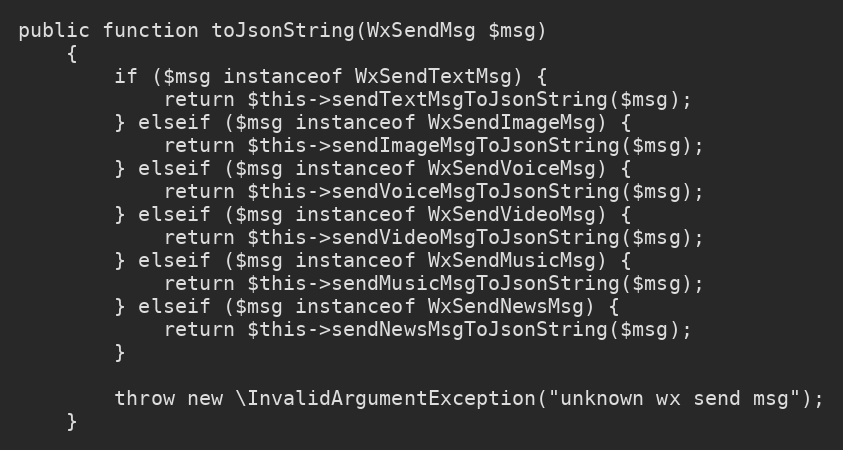
Language: PHP
public function toJsonString(WxSendMsg $msg)
    {
        if ($msg instanceof WxSendTextMsg) {
            return $this->sendTextMsgToJsonString($msg);
        } elseif ($msg instanceof WxSendImageMsg) {
            return $this->sendImageMsgToJsonString($msg);
        } elseif ($msg instanceof WxSendVoiceMsg) {
            return $this->sendVoiceMsgToJsonString($msg);
        } elseif ($msg instanceof WxSendVideoMsg) {
            return $this->sendVideoMsgToJsonString($msg);
        } elseif ($msg instanceof WxSendMusicMsg) {
            return $this->sendMusicMsgToJsonString($msg);
        } elseif ($msg instanceof WxSendNewsMsg) {
            return $this->sendNewsMsgToJsonString($msg);
        }

        throw new \InvalidArgumentException("unknown wx send msg");
    }